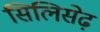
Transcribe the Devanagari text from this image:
सिलिसेढ़